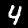
Digit: 4